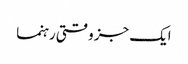
ایک جز وقتی رہنما